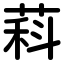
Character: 萪